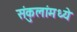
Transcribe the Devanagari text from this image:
संकुलांमध्ये